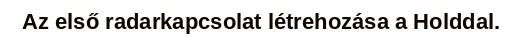
Az első radarkapcsolat létrehozása a Holddal.